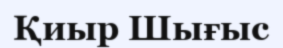
Қиыр Шығыс